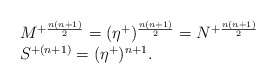
\begin{align*}\begin{array}{lcr}M^{+{n(n+1)\over2}}=(\eta^+)^{{n(n+1)\over2}}=N^{+{n(n+1)\over2}}\\S^{+(n+1)}=(\eta^+)^{n+1}.\end{array}\end{align*}